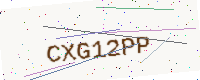
Text: CXG12PP